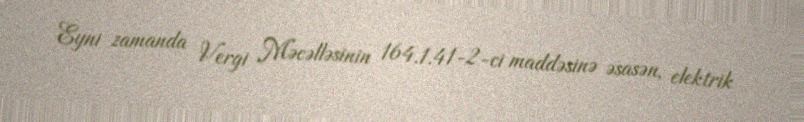
Eyni zamanda Vergi Məcəlləsinin 164.1.41-2-ci maddəsinə əsasən, elektrik